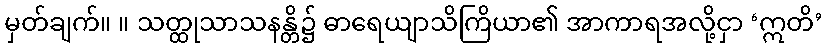
မှတ်ချက်။ ။ သတ္ထုသာသနန္တိ၌ ဓာရေယျာသိကြိယာ၏ အာကာရအလို့ငှာ ‘ဣတိ’